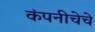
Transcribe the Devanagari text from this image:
कंपनीचेचे